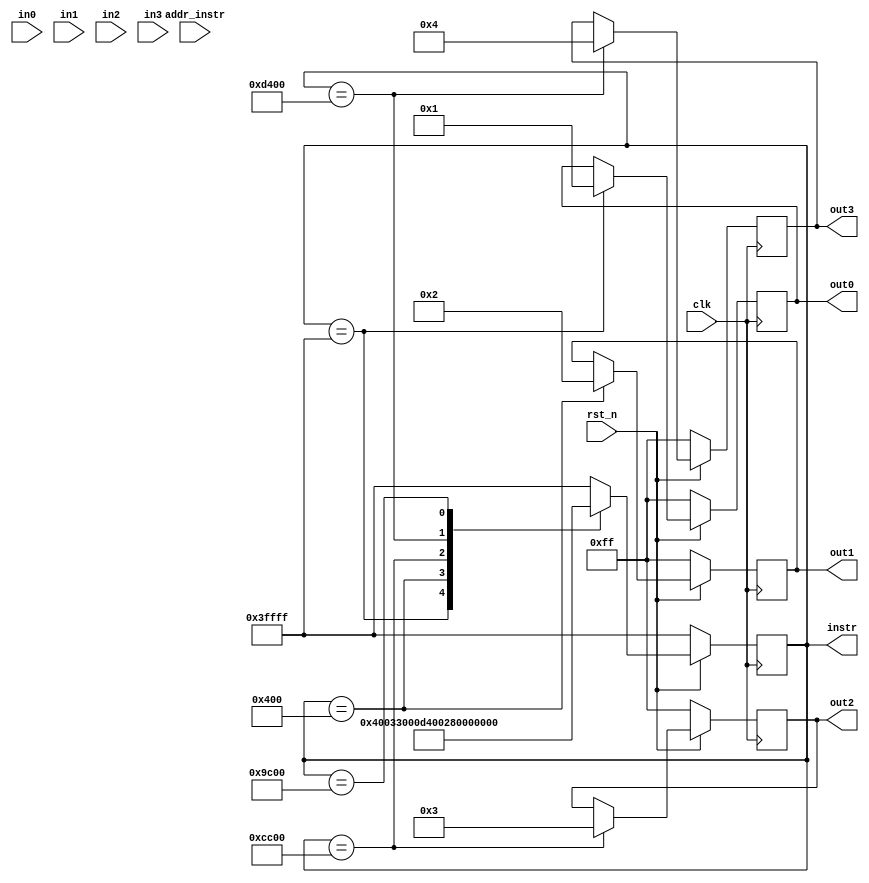
`define NOP             18'b1111_111_111_11111111
`define MOVE_IN0_ACC    18'b0000_000_100_00000000
`define ADD_IN1         18'b0011_001_100_00000000
`define ADD_IN2         18'b0011_010_100_00000000
`define SUB_IN3         18'b0010_011_100_00000000
`define MOVE_ACC_OUT0   18'b0000_100_000_00000000
module test_alu_gen(
    input               rst_n,
    input               clk,

    input  [0:7]        in0,
                        in1,
                        in2,
                        in3,
    output reg [0:7]    out0,
                        out1,
                        out2,
                        out3,
    
    output reg [0:17]   instr,
    input  [0:7]        addr_instr
);

    always @(posedge clk) begin
        if(~rst_n) begin
            instr <= `NOP;
            out0 <= 'hff;
            out1 <= 'hff;
            out2 <= 'hff;
            out3 <= 'hff;
        end
        else begin
            case(instr)
                `NOP: begin
                    instr <= `MOVE_IN0_ACC;
                    out0 <= 8'h1;
                end
                `MOVE_IN0_ACC: begin
                    instr <= `ADD_IN1;
                    out1 <= 8'h2;
                end
                `ADD_IN1: begin
                    instr <= `ADD_IN2;
                    out2 <= 8'h3;
                end
                `ADD_IN2: begin
                    instr <= `SUB_IN3;
                    out3 <= 8'h4;
                end
                `SUB_IN3: begin
                    instr <= `MOVE_ACC_OUT0;
                end
                `MOVE_ACC_OUT0: begin
                    instr <= `NOP;
                end
                default: begin
                    instr <= `NOP;
                end
            endcase
        end
    end
endmodule